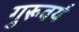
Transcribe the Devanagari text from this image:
गुरूवर्य